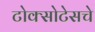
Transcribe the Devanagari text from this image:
टोक्सोटेसचे